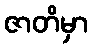
ဇာတိမှာ